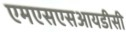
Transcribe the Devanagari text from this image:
एमएसएसआयडीसी